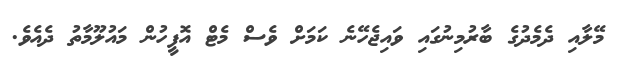
މޭލާއި ދެމެދުގެ ބާރުމިނުގައި ވައިޖެހޭނެ ކަމަށް ވެސް މެޓް އޮފީހުން މައުލޫމާތު ދެއެވެ.